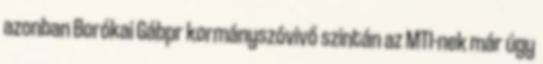
azonban Borókai Gábpr kormányszóvivő szintán az MTI-nek már úgy